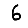
Digit: 6